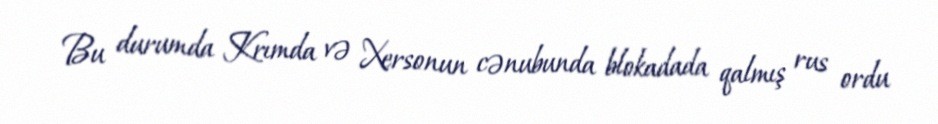
Bu durumda Krımda və Xersonun cənubunda blokadada qalmış rus ordu